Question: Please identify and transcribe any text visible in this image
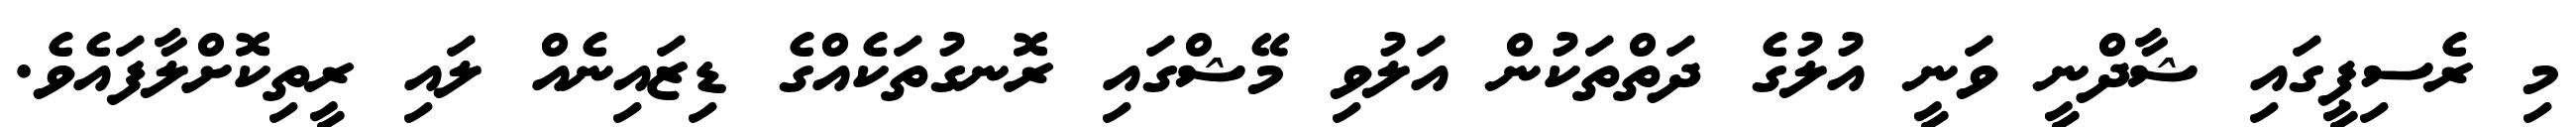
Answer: މި ރެސިޕީގައި ޝާދްނީ ވަނީ އުލުގެ ދަތްތަކުން އަލުވި މޭޝްގައި ރޮނގުތަކެއްގެ ޑިޒައިނެއް ލައި ރީތިކޮށްލާފައެވެ.